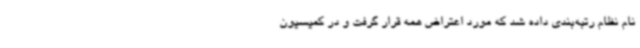
نام نظام رتبه‌بندی داده شد که مورد اعتراض همه قرار گرفت و در کمیسیون